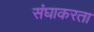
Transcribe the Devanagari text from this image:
संघाकरता